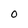
Character: 0